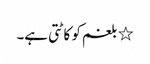
٭ بلغم کو کاٹتی ہے۔